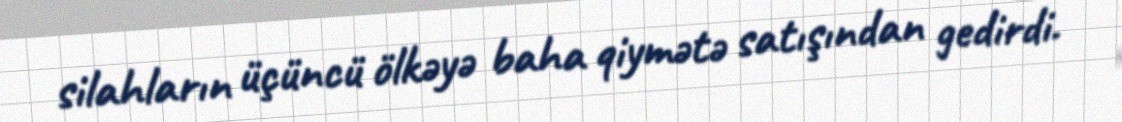
silahların üçüncü ölkəyə baha qiymətə satışından gedirdi.